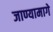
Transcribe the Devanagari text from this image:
जाण्यामागे